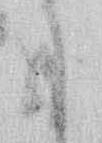
に